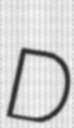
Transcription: D